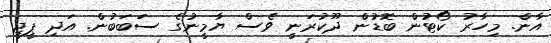
އާން. މިހާރު ކޯޓުން ބޮޑުން ދޫކުރަނީ ވެސް ޔާމީނުގެ ސަަބަބުން. އަދި ޕީޖީ